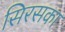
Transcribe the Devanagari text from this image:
सिरसका